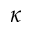
\kappa